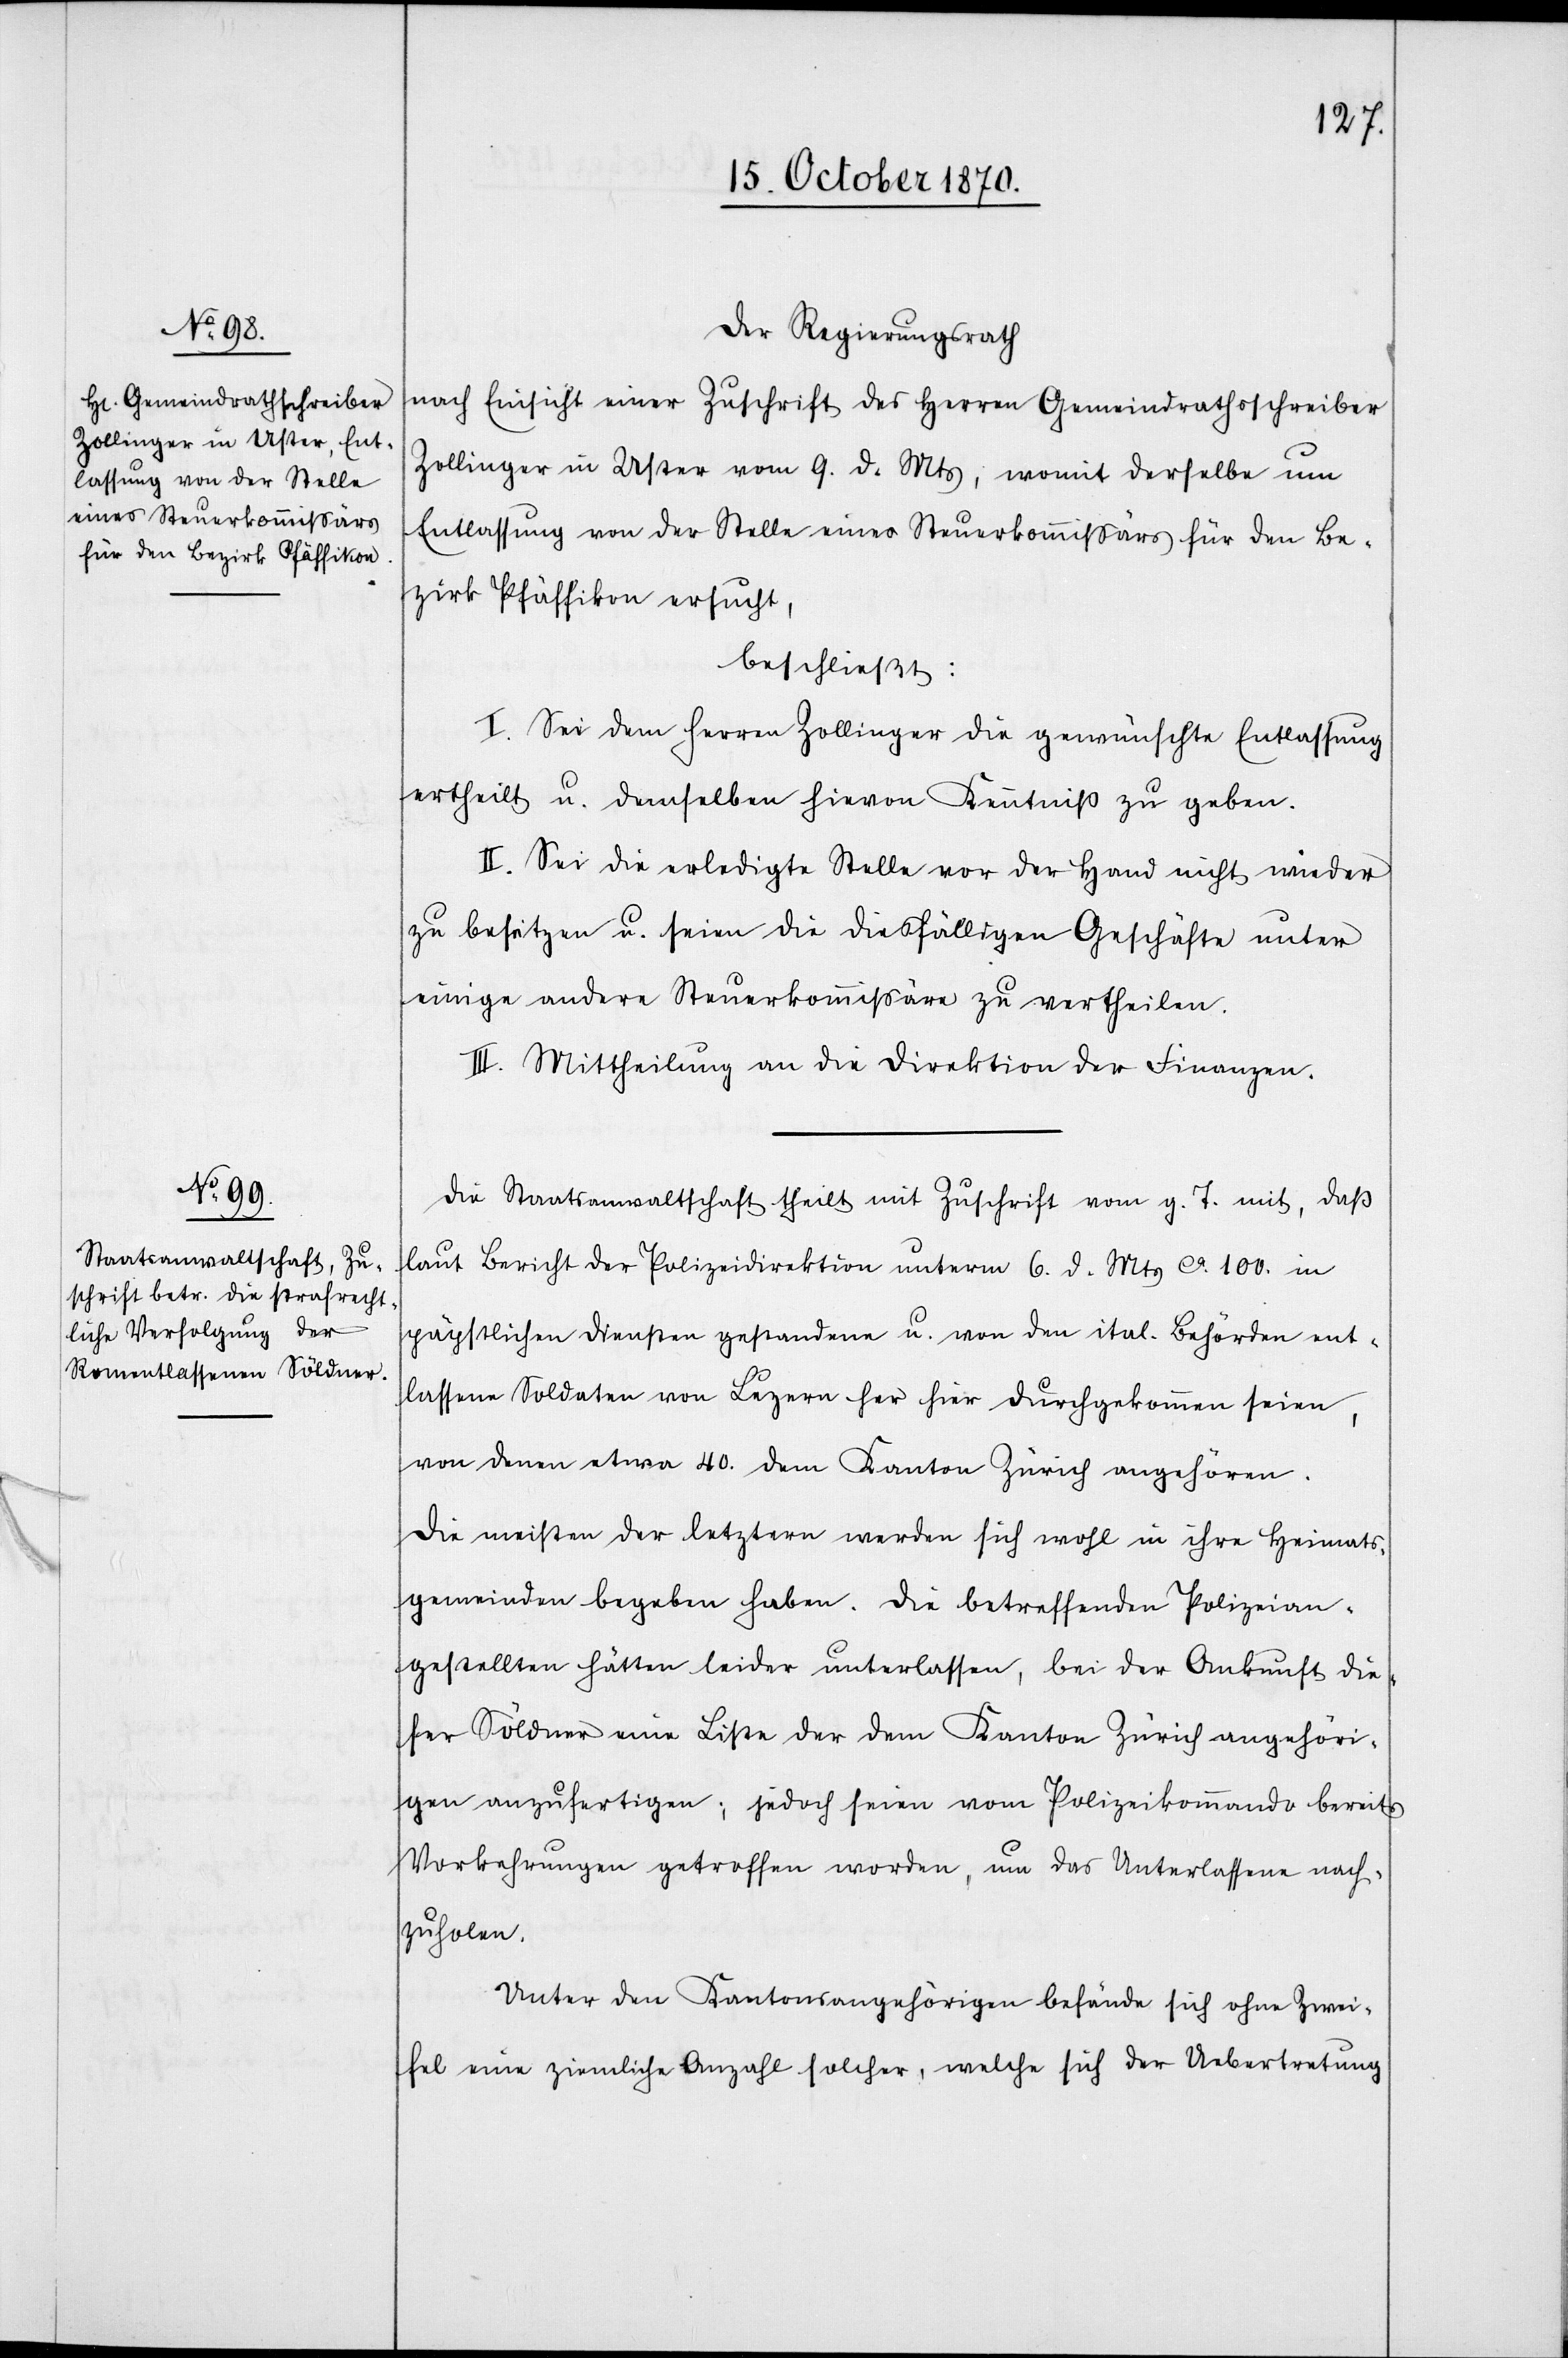
Der Regierungsrath
nach Einsicht einer Zuschrift des Herren Gemeindrathsschreiber
Zollinger in Uster vom 9. d. Mts,, womit derselbe um
Entlassung von der Stelle eines Steuerkommißärs für den Be¬
zirk Pfäffikon ersucht,
beschließt:
I. Sei dem Herren Zollinger die gewünschte Entlassung
ertheilt u. demselben hievon Kenntniß zu geben.
II. Sei die erledigte Stelle vor der Hand nicht wieder
zu besetzen u. seien die diesfälligen Geschäfte unter
einige andere Steuerkommißäre zu ertheilen.
III. Mittheilung an die Direktion der Finanzen.
Die Staatsanwaltschaft theilt mit Zuschrift vom g. T. mit, daß
laut Bericht der Polizeidirektion unterm 6. d. Mts. ca. 100. in
päpstlichen Diensten gestandene u. von den ital. Behörden ent¬
lassene Soldaten von Luzern her hier durchgekommen seien,
von denen etwa 40. dem Kanton Zürich angehören.
Die meisten der letztern werden sich wohl in ihre Heimats¬
gemeinden begeben haben. Die betreffende Polizeian¬
gestellten hätten leider unterlassen, bei der Ankunft die¬
ser Söldner eine Liste der dem Kanton Zürich angehöri¬
gen anzufertigen; jedoch seien vom Polizeikommando bereits
Vorkehrungen getroffen worden, um das Unterlassen nach¬
zuholen.
Unter den Kantonsangehörigen befände sich ohne Zwei¬
fel eine ziemliche Anzahl solcher, welche sich der Uebertretung